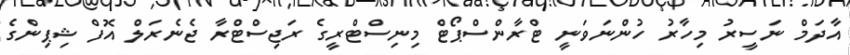
އާދަމް ނަސީރު މިހާރު ހުންނަވަނީ ޓްރާންސްޕޯޓް މިނިސްޓްރީގެ ރަޖިސްޓްރާ ޖެނެރަލް އޮފް ޝިޕިންގެ